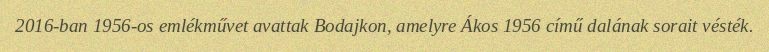
2016-ban 1956-os emlékművet avattak Bodajkon, amelyre Ákos 1956 című dalának sorait vésték.